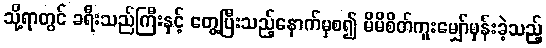
သို့ရာတွင် ခရီးသည်ကြီးနှင့် တွေ့ပြီးသည့်နောက်မှစ၍ မိမိစိတ်ကူးမျှော်မှန်းခဲ့သည့်